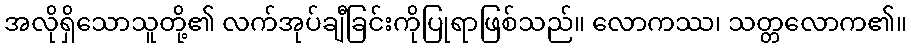
အလိုရှိသောသူတို့၏ လက်အုပ်ချီခြင်းကိုပြုရာဖြစ်သည်။ လောကဿ၊ သတ္တလောက၏။